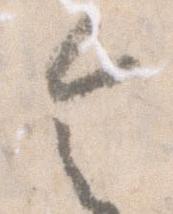
令